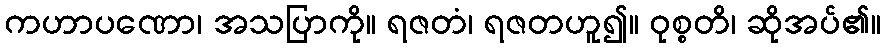
ကဟာပဏော၊ အသပြာကို။ ရဇတံ၊ ရဇတဟူ၍။ ဝုစ္စတိ၊ ဆိုအပ်၏။